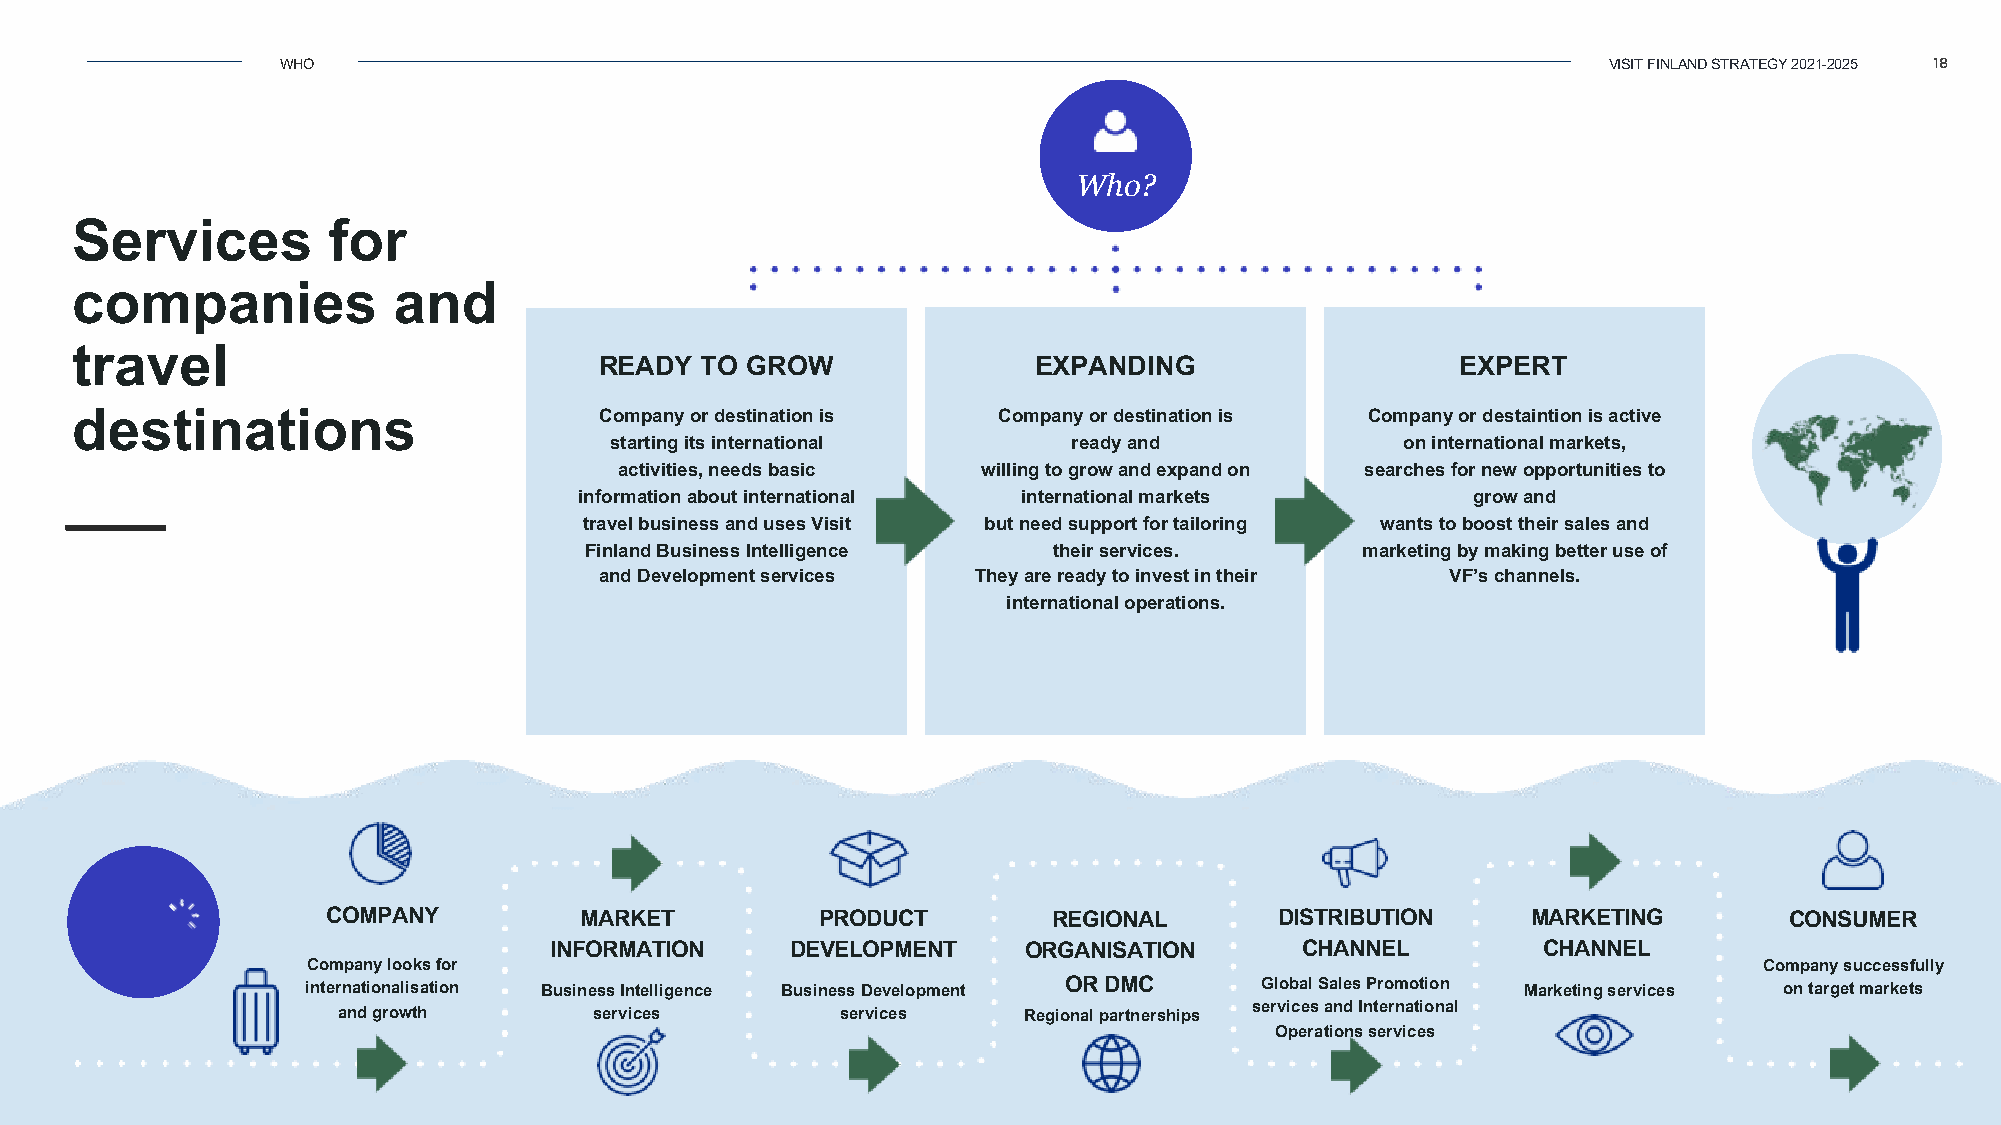
WHO                                                                                    VISIT FINLAND STRATEGY 2021-2025 18
 Who?
 Services         for
 companies            and
 travel
 READY TO GROW                EXPANDING                   EXPERT
 destinations                       Company ordestinationis   Company or destination is Companyordestaintionisactive
 starting itsinternational      ready and             oninternational markets,
 activities, needsbasic  willing to grow and expand on searchesfor new opportunities to
 information about international international markets      growand
 travel businessand usesVisit but need support for tailoring wantsto boost their sales and
 Finland Business Intelligence  their services.     marketing bymakingbetter use of
 and Developmentservices They are ready to invest in their VF’schannels.
 international operations.
 How?           COMPANY         MARKET          PRODUCT         REGIONAL       DISTRIBUTION    MARKETING        CONSUMER
 INFORMATION     DEVELOPMENT     ORGANISATION      CHANNEL         CHANNEL
 Company looks for                                                                                Company successfully
 internationalisation Business Intelligence Business Development OR DMC Global Sales Promotion Marketingservices on target markets
 and growth       services         services    Regional partnerships services and International
 Operations services